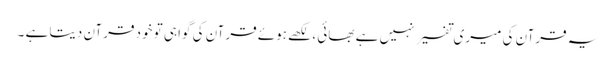
یہ قرآن کی میری تفسیر نہیں ہے بھائی ، لکھے ہوئے قرآن کی گواہی تو خود قرآن دیتا ہے ۔